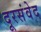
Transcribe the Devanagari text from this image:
दूरसंवेद